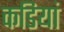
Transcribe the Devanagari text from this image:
कडियां